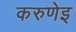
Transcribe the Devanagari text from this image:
करुणेइ